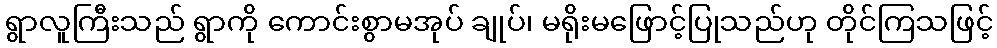
ရွာလူကြီးသည် ရွာကို ကောင်းစွာမအုပ် ချုပ်၊ မရိုးမဖြောင့်ပြုသည်ဟု တိုင်ကြသဖြင့်